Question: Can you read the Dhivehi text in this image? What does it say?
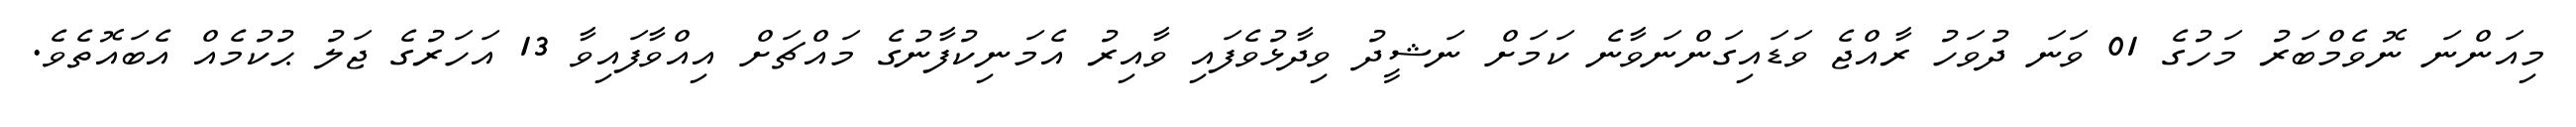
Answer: މިއަންނަ ނޮވެމްބަރު މަހުގެ 01 ވަނަ ދުވަހު ރާއްޖެ ވަޑައިގަންނަވާނެ ކަމަށް ނަޝީދު ވިދާޅުވެފައި ވާއިރު އެމަނިކުފާނުގެ މައްޗަށް އިއްވާފައިވާ 13 އަހަރުގެ ޖަލު ޙުކުމެއް އެބައޮތެވެ.